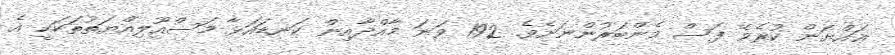
ޢައްޔަން ކުރެވޭ ފަސް މެންބަރުންނަށެވެ. 192 ވަނަ މާއްދާއިން ކަނޑައަޅާ މަސްއޫލިއްޔަތުތަކަކީ އެ